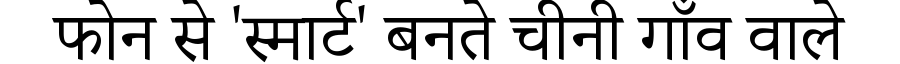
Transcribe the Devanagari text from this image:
फोन से 'स्मार्ट' बनते चीनी गाँव वाले